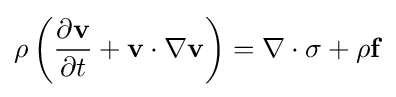
\displaystyle \rho \left({\frac {\partial \mathbf {v} }{\partial t}}+\mathbf {v} \cdot \nabla \mathbf {v} \right)=\nabla \cdot \sigma +\rho \mathbf {f}